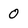
Character: 0